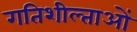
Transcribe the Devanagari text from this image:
गतिशील्ताओं